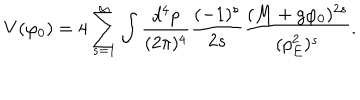
V ( \varphi _ { 0 } ) = 4 \sum _ { s = 1 } ^ { \infty } \int \frac { d ^ { 4 } p } { ( 2 \pi ) ^ { 4 } } \frac { ( - 1 ) ^ { s } } { 2 s } \frac { ( M + g \varphi _ { 0 } ) ^ { 2 s } } { ( p _ { E } ^ { 2 } ) ^ { s } } .